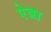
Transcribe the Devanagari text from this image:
ऐन्ना